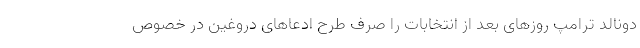
دونالد ترامپ روزهای بعد از انتخابات را صرف طرح ادعاهای دروغین در خصوص